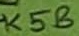
Text: K5B